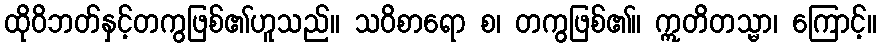
ထိုဝိဘတ်နှင့်တကွဖြစ်၏ဟူသည်။ သဝိစာရော စ၊ တကွဖြစ်၏။ ဣတိတသ္မာ၊ ကြောင့်။